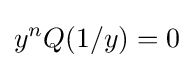
y^{n}Q(1/y)=0